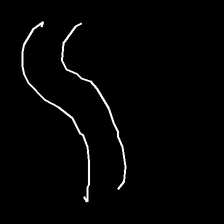
Glyph: float